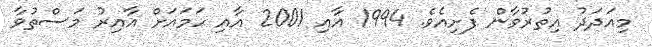
މިއަދަދު އިތުރުވާން ފެށިއެވެ. 1994 އާއި 2001 އާއި ހަމައަށް އާއިރު މަސްތުވާ